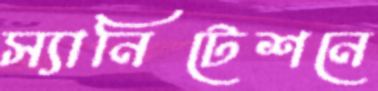
স্যানিটেশনে